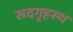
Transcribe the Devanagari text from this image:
सदगृहस्थ